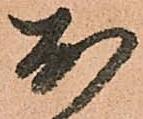
於